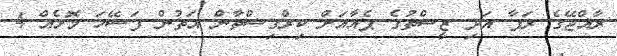
ރާއްޖޭގެ ރަފާ އަދި ޒީސްތުގެ ޕެއާއަށް ކިރްގިސްތާން އަތުން ފަސޭހަ މޮޅެއް 4